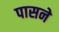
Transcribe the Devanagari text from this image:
पासने